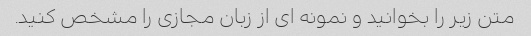
متن زیر را بخوانید و نمونه ای از زبان مجازی را مشخص کنید.